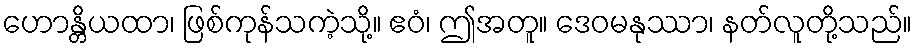
ဟောန္တိယထာ၊ ဖြစ်ကုန်သကဲ့သို့။ ဧဝံ၊ ဤအတူ။ ဒေဝမနုဿာ၊ နတ်လူတို့သည်။